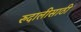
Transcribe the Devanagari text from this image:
रुदालीसाठी